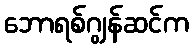
ဘောရစ်ဂျွန်ဆင်က